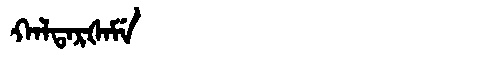
Manchu: ᡴᠠᠯᡨᠠᡵᡧᠠᠮᡝ
Romanization: KALTARŠAME